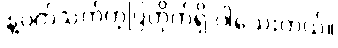
နဲ့ပတ်သက်တဲ့ပြတိုက်ရှိ ပါသေးတယ်။